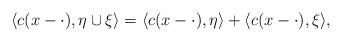
LaTeX: \begin{align*} \langle c(x-\cdot),\eta\cup\xi\rangle=\langle c(x-\cdot),\eta\rangle+\langle c(x-\cdot),\xi\rangle, \end{align*}